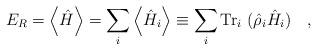
LaTeX: \begin{align*}E_R=\left\langle \hat{H} \right\rangle=\sum_i\left\langle \hat{H}_i \right\rangle\equiv\sum_i\mbox{Tr}_i~(\hat{\rho}_i \hat{H}_i)~~~,\end{align*}